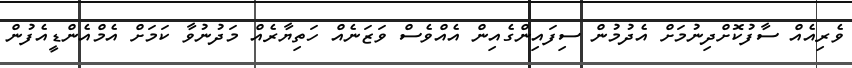
ވެރިއެއް ސާފުކޮށްދިނުމަށް އެދުމުން ސިފައިންގެއިން އެއްވެސް ވަޒަނެއް ހަތިޔާރެއް މަދުނުވާ ކަމަށް އެމްއެންޑީއެފުން